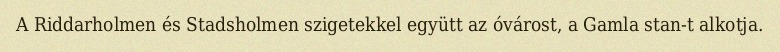
A Riddarholmen és Stadsholmen szigetekkel együtt az óvárost, a Gamla stan-t alkotja.